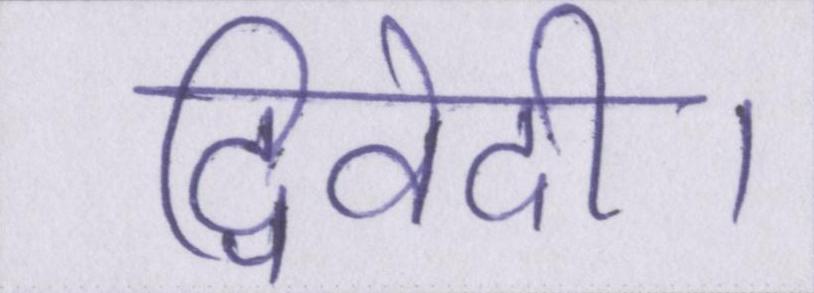
द्विवेदी।